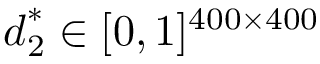
\displaystyle \boldsymbol { d } _ { 2 } ^ { * } \in [ 0 , 1 ] ^ { 4 0 0 \times 4 0 0 }